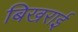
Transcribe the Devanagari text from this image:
बिखराई